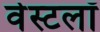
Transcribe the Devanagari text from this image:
वेस्टलॉ